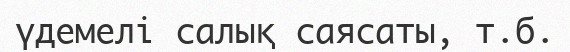
үдемелі салық саясаты, т.б.